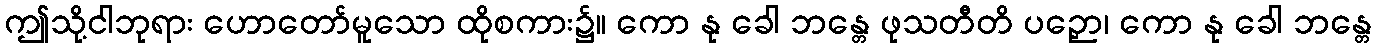
ဤသို့ငါဘုရား ဟောတော်မူသော ထိုစကား၌။ ကော နု ခေါ ဘန္တေ ဖုသတီတိ ပဉှော၊ ကော နု ခေါ ဘန္တေ